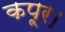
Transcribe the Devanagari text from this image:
कपूर।